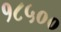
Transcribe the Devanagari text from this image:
१८५००